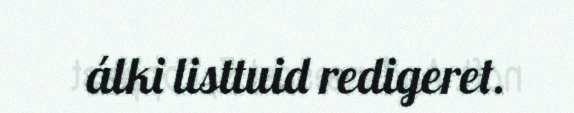
álki listtuid redigeret.